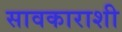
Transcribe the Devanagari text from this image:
सावकाराशी